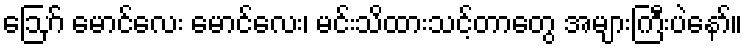
ဪ မောင်လေး မောင်လေး၊ မင်းသိထားသင့်တာတွေ အများကြီးပဲနော်။